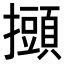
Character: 𢸸